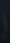
y_2